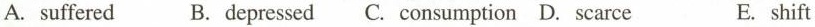
A. suffered B. depressed C. consumption D. scarce E. shift